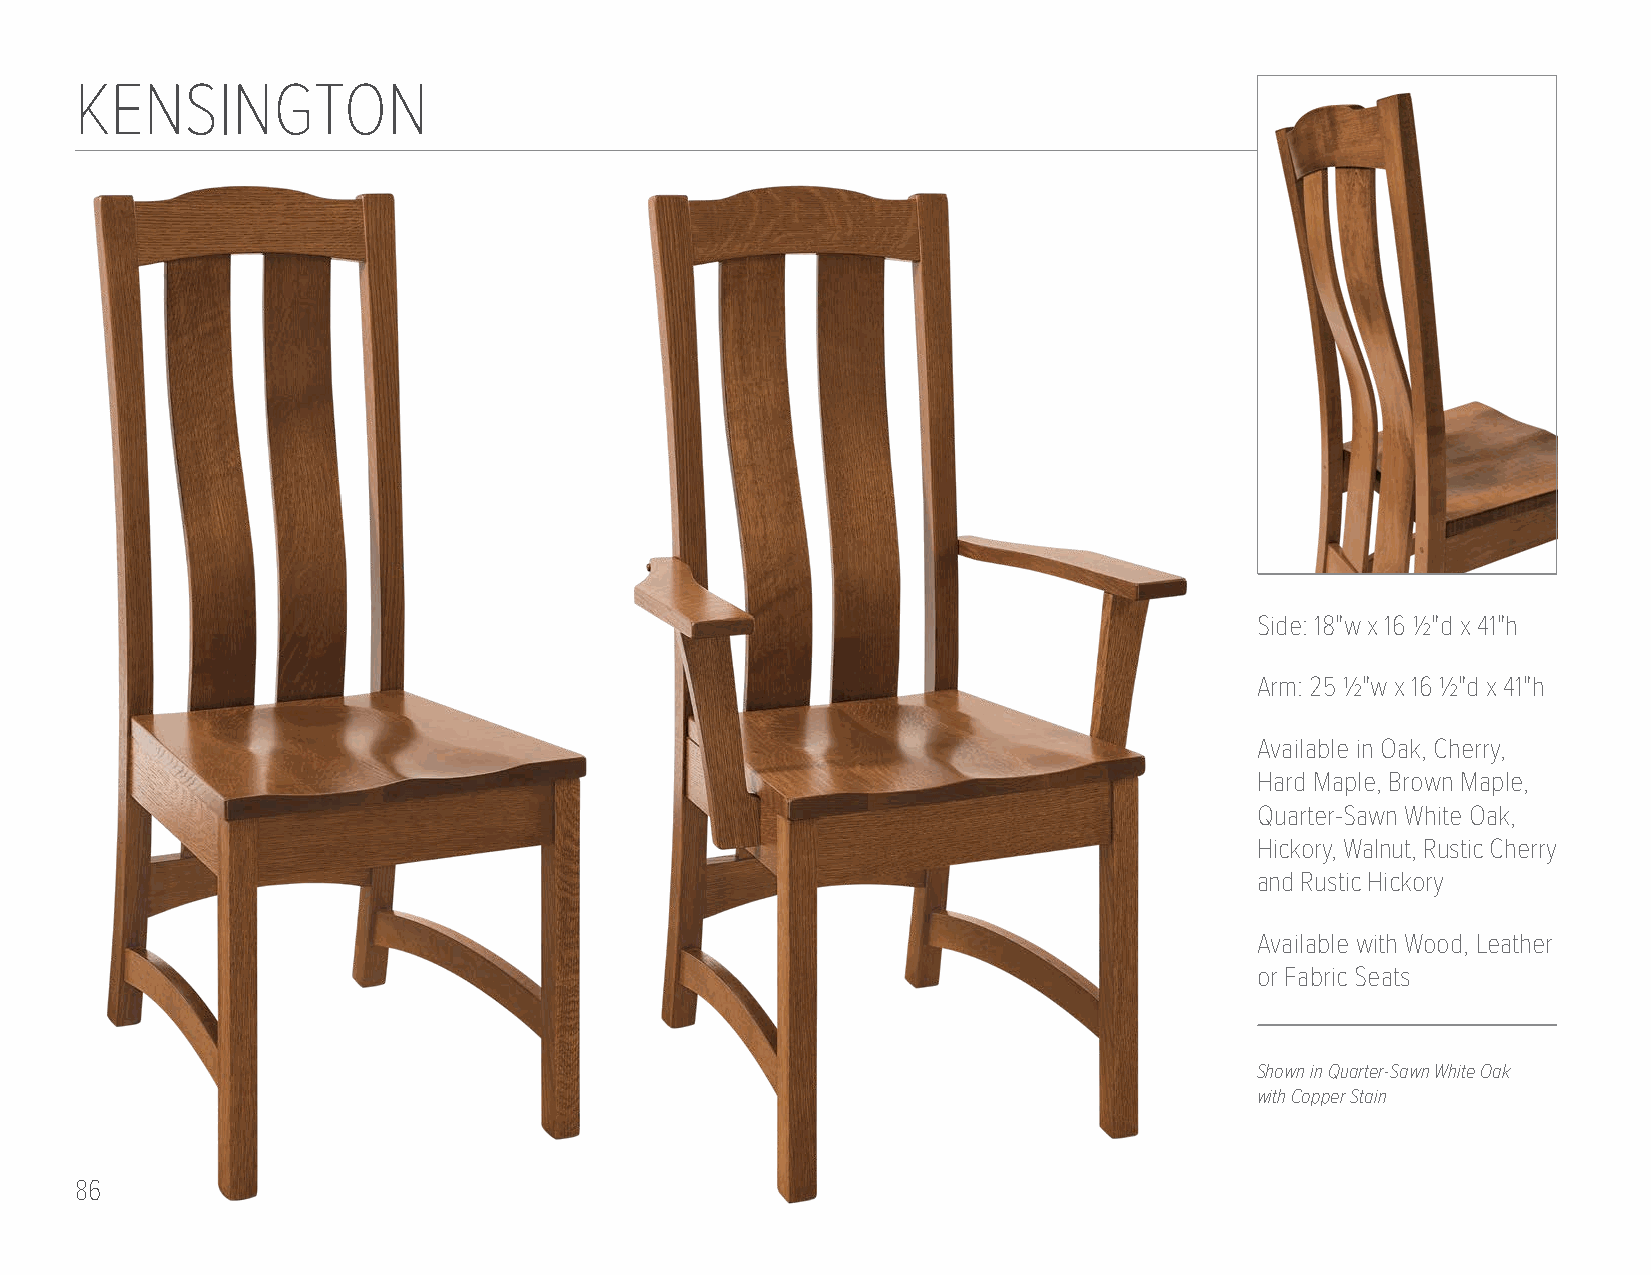
KENSINGTON
 Side: 18"w x 16 1/2"d x 41"h
 Arm: 25 1/2"w x 16 1/2"d x 41"h
 Available in Oak, Cherry,
 Hard Maple, Brown Maple,
 Quarter-Sawn White Oak,
 Hickory, Walnut, Rustic Cherry
 and Rustic Hickory
 Available with Wood, Leather
 or Fabric Seats
 Shown in Quarter-Sawn White Oak
 with Copper Stain
 86